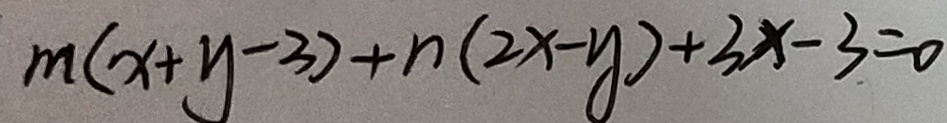
m ( x + y - 3 ) + n ( 2 x - y ) + 3 x - 3 = 0